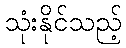
သုံးနိုင်သည့်